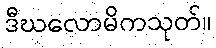
ဒီဃလောမိကသုတ်။